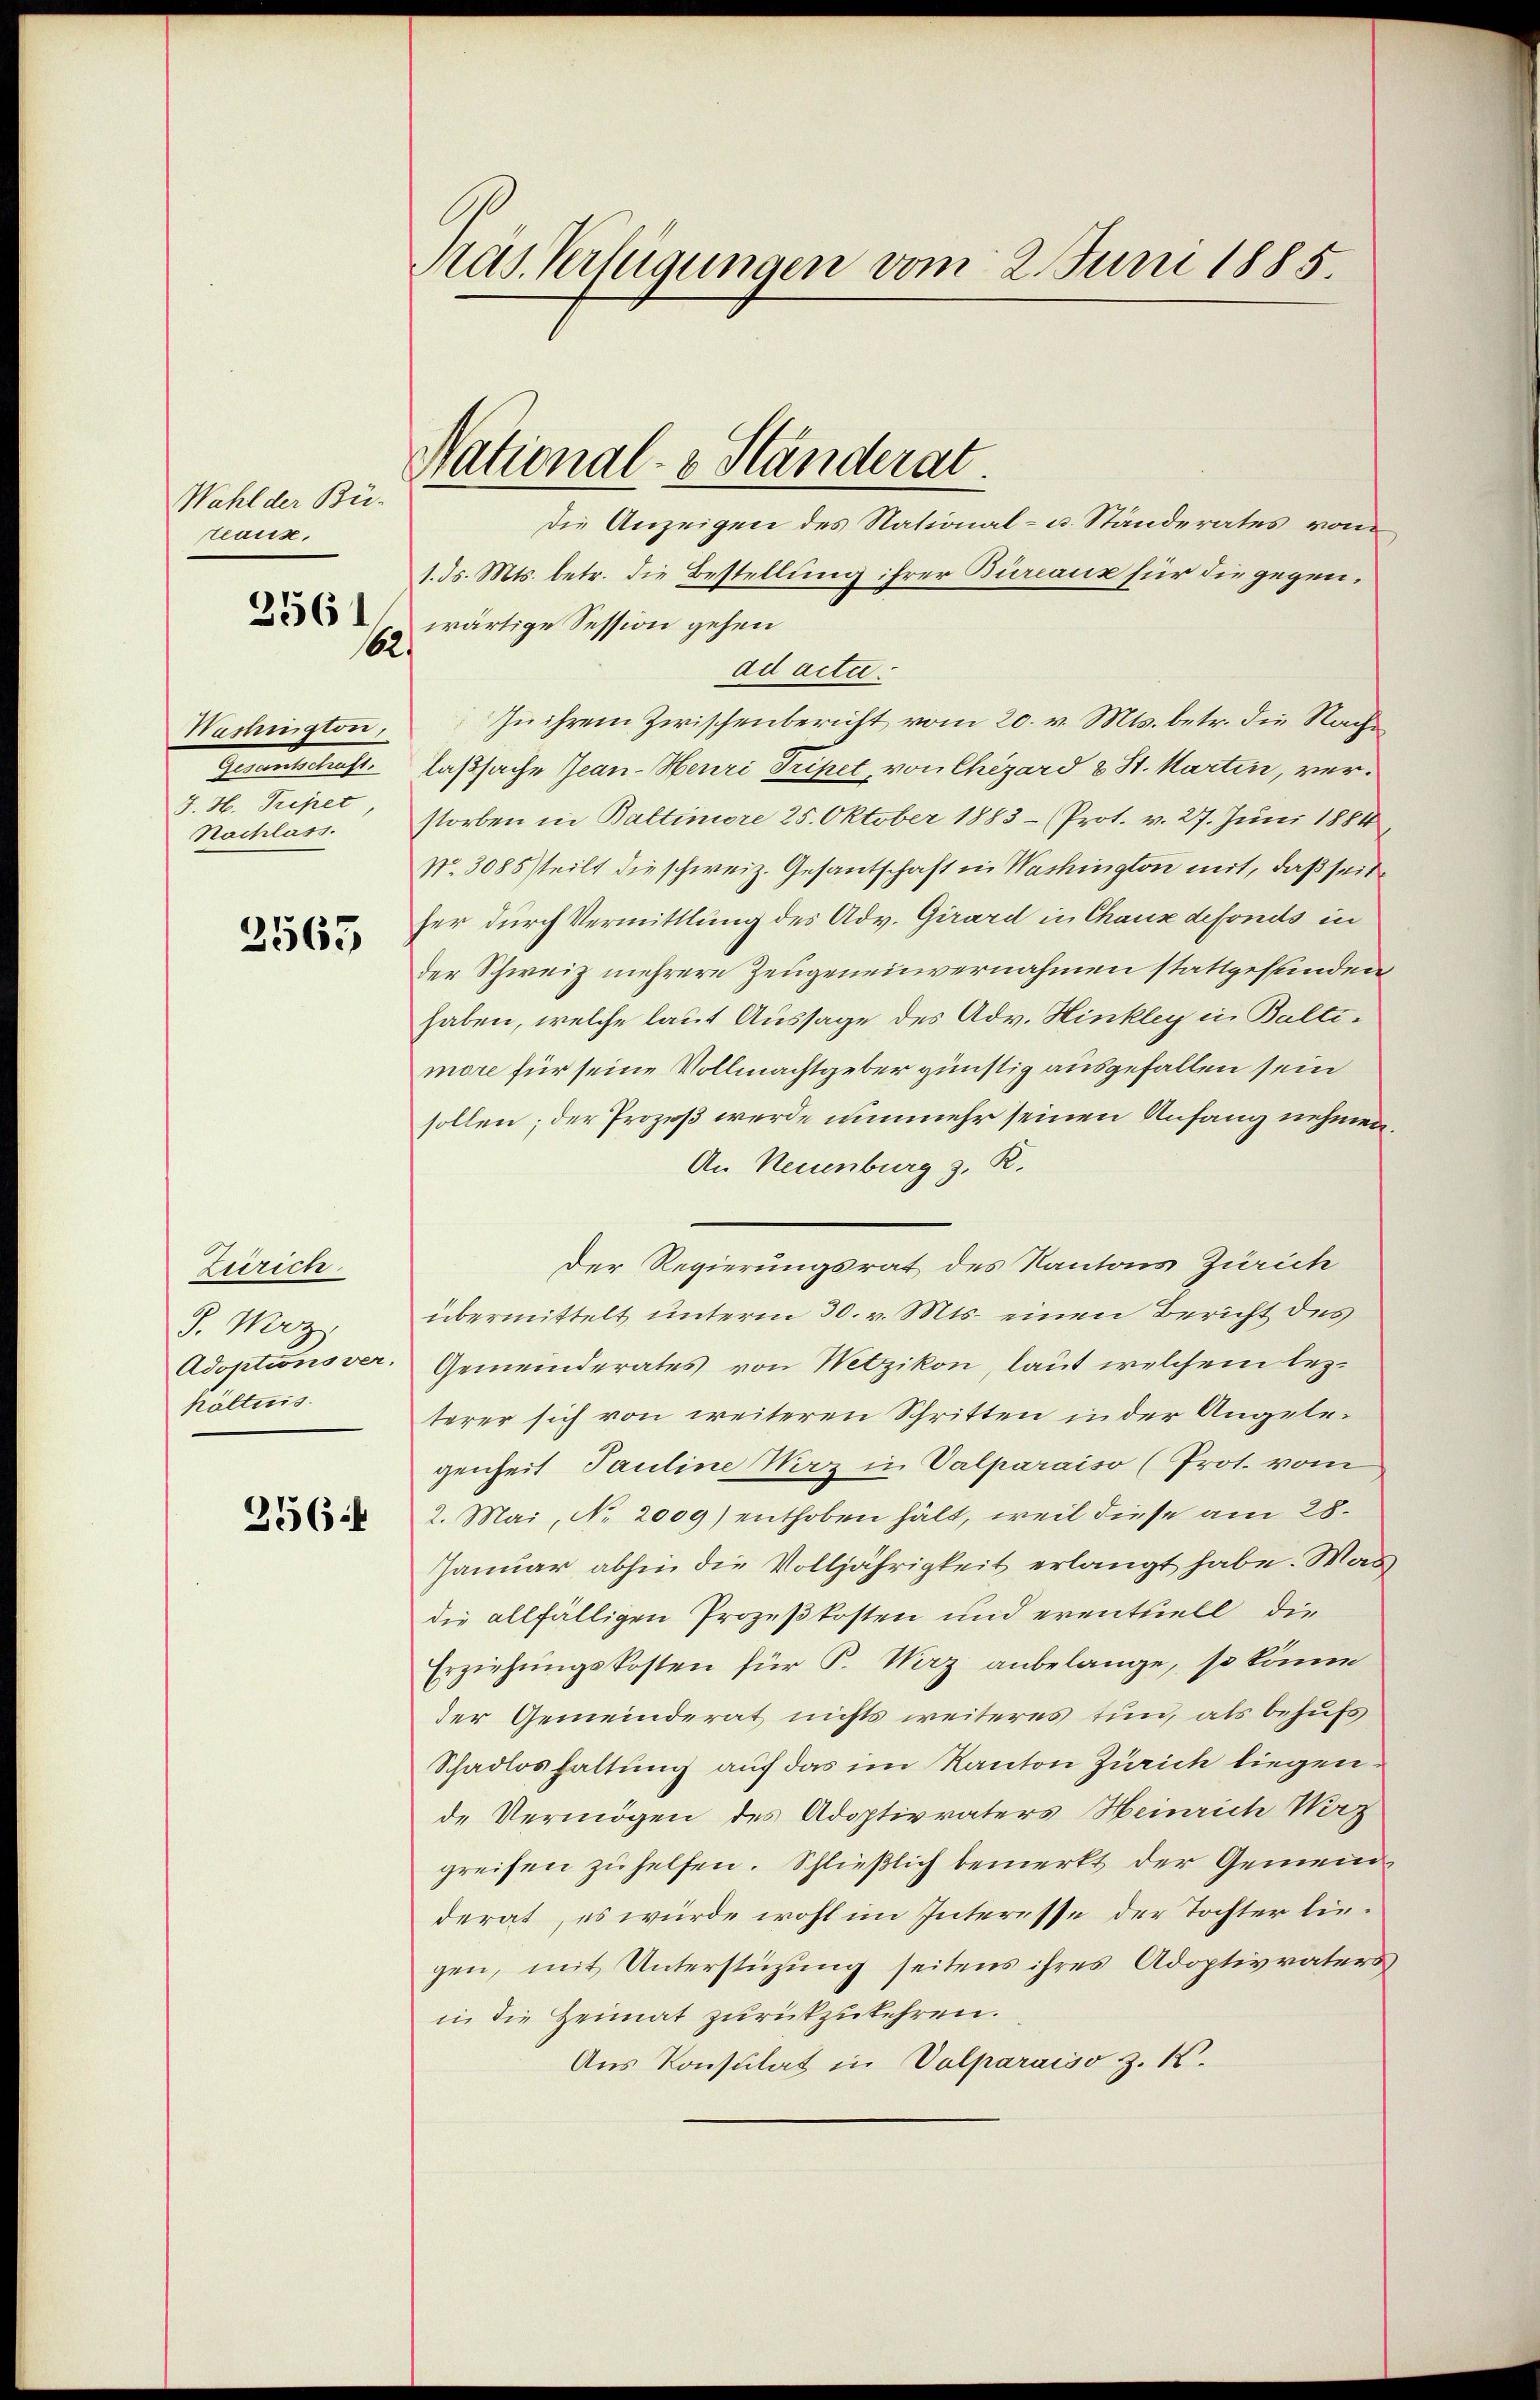
162.

Washington,
Gertretente
J. H. Tripet
Nachlass.

2565

356.

Wahl der Bü-
teaux,
356

Zürich.
J. Mez
Adoptionsver,
hältnis.

Ras. Verfügungen vom 2. Juni 1885.

National- & Ständerat

die Anzeigen des National- u. Ständerates von
1. ds. Mts. betr. die Bestellung ihrer Bureaux für die gegenwärtige Session gehen
ad acta.
In ihrem Zwischenbericht vom 20. v. Mts. betr. die Nachlaßsache Jean-Heuri Tripet, von Chizard & St. Martin, verstorben in Battiniore 25. Oktober 1883- (Prot. v. 27. Juni 1884
Nr. 3085 steilt die schweiz. Gesantschaft in Washington mit, daß seit
her durch Vermittlung des Adv. Girard in Chaux defonds in
der Schweiz mehrere Zeugeneinvernahmen stattgefunden
haben, welche laut Aussage des Adv. Hinkley in Baltimore für seine Vollmachtgeber günstig ausgefallen sein
sollen; der Prozeß werde nunmehr seinen Anfang nehmen
An Neuenburg z. R.
Der Regierungsrat des Kantons Zürich
übermittelt unterm 30. v. Mts. einen Bericht des
Gemeinderates von Wetzikon, laut welchem lezterer sich von weiteren Schritten in der Angelegenheit Pauline Wirz in Valparaiso (Prot. vom
2. Mai, No. 2000) enthoben hält, weil diese am 28.
Januar abhin die Volljährigkeit erlangt habe. Was
die allfälligen Prozeßkosten und eventuell die
Erziehŭngskosten für P. Wirz anbelange, so könn
der Gemeinderat nichts weiteres tun, als behufs
Schadloshaltung auf das im Kanton Zürich liegen.
de Vermögen des Adoptivvaters Heinrich Wirz
greifen zu helfen. Schließlich bemerkt der Gemeinderat, es würde wohl im Interesse der Tochter liegen, mit Unterstüzung seitens ihres Adoptivvaters
in die Heimat zurückzukehren.
Aus Konsulat in Valparaiso z. K.